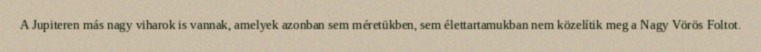
A Jupiteren más nagy viharok is vannak, amelyek azonban sem méretükben, sem élettartamukban nem közelítik meg a Nagy Vörös Foltot.